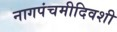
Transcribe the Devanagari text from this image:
नागपंचमीदिवशी